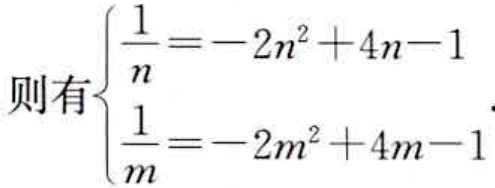
\[
\text{则有}\begin{cases}
\dfrac{1}{n}=-2n^{2}+4n - 1\\
\dfrac{1}{m}=-2m^{2}+4m - 1
\end{cases}.
\]